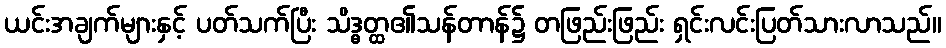
ယင်းအချက်များနှင့် ပတ်သက်ပြီး သိဒ္ဓတ္ထ၏သန်တာန်၌ တဖြည်းဖြည်း ရှင်းလင်းပြတ်သားလာသည်။